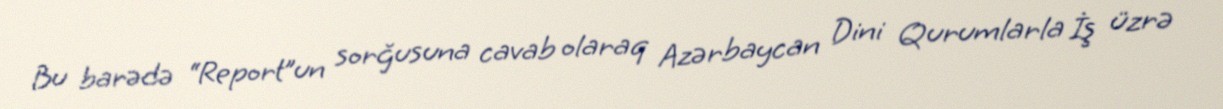
Bu barədə “Report”un sorğusuna cavab olaraq Azərbaycan Dini Qurumlarla İş üzrə